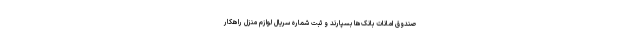
صندوق امانات بانک‌ها بسپارند و ثبت شماره سریال لوازم منزل راهکار